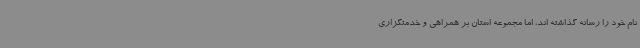
نام خود را رسانه گذاشته اند، اما مجموعه استان بر همراهی و خدمتگزاری